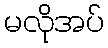
မလိုအပ်